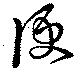
便